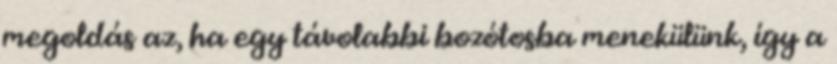
megoldás az, ha egy távolabbi bozótosba menekülünk, így a